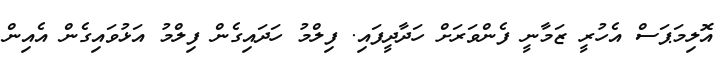
އޮލިމަޕަސް އެހުރީ ޒަމާނީ ފެންވަރަށް ހަދާދީފައި. ފިލްމު ހަދައިގެން ފިލްމު އަޅުވައިގެން އެއިން